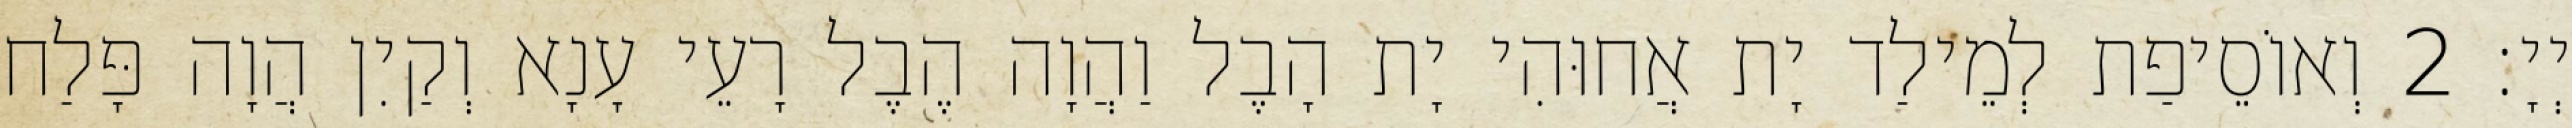
יְיָ׃ 2 וְאוֹסֵיפַת לְמֵילַד יָת אֲחוּהִי יָת הָבֶל וַהֲוָה הֶבֶל רָעֵי עָנָא וְקַיִן הֲוָה פָּלַח